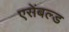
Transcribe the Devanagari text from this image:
एसेंबल्ड